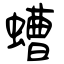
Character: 螬